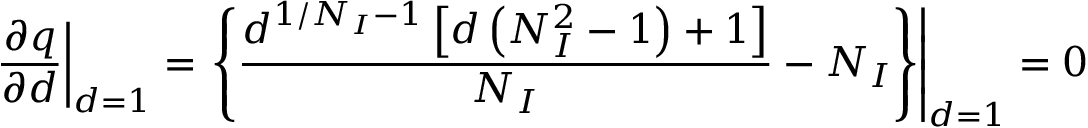
\left. \frac { \partial q } { \partial d } \right| _ { d = 1 } = \left. \left\{ \frac { d ^ { 1 / N _ { I } - 1 } \left[ d \left( N _ { I } ^ { 2 } - 1 \right) + 1 \right] } { N _ { I } } - N _ { I } \right\} \right| _ { d = 1 } = 0